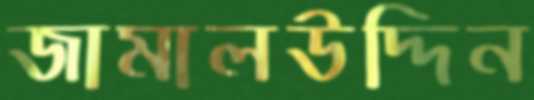
জামালউদ্দিন